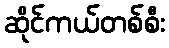
ဆိုင်ကယ်တစ်စီး